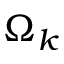
\Omega _ { k }